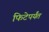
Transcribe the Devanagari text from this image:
फिटेपर्यंत